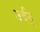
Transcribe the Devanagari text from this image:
उर्दन्